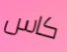
كاس